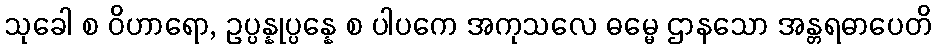
သုခေါ စ ဝိဟာရော, ဥပ္ပန္နုပ္ပန္နေ စ ပါပကေ အကုသလေ ဓမ္မေ ဌာနသော အန္တရဓာပေတိ